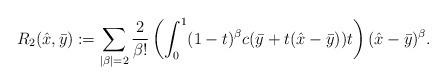
LaTeX: \begin{align*}R_2(\hat{x},\bar{y}) := \sum_{|\beta|=2}\frac{2}{\beta!}\left(\int_{0}^1(1-t)^\beta c(\bar{y}+t(\hat{x}-\bar{y}))t\right)(\hat{x}-\bar{y})^\beta.\end{align*}